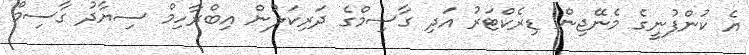
އެ ކުންފުނީގެ މެނޭޖިން ޑިރެކްޓަރު އަދި ގާސިމްގެ ދަރިކަލުން އިބްރާހިމް ސިޔާދު ގާސިމް